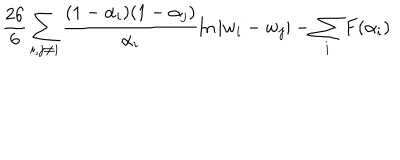
\frac { 2 6 } { 6 } \sum _ { i , j \neq i } \frac { ( 1 - \alpha _ { i } ) ( 1 - \alpha _ { j } ) } { \alpha _ { i } } \ln | w _ { i } - w _ { j } | - \sum _ { i } F ( \alpha _ { i } )